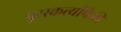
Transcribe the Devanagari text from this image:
पुरस्कर्त्यांपैकी